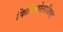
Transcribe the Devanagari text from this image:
फिजियोलाजिस्ट